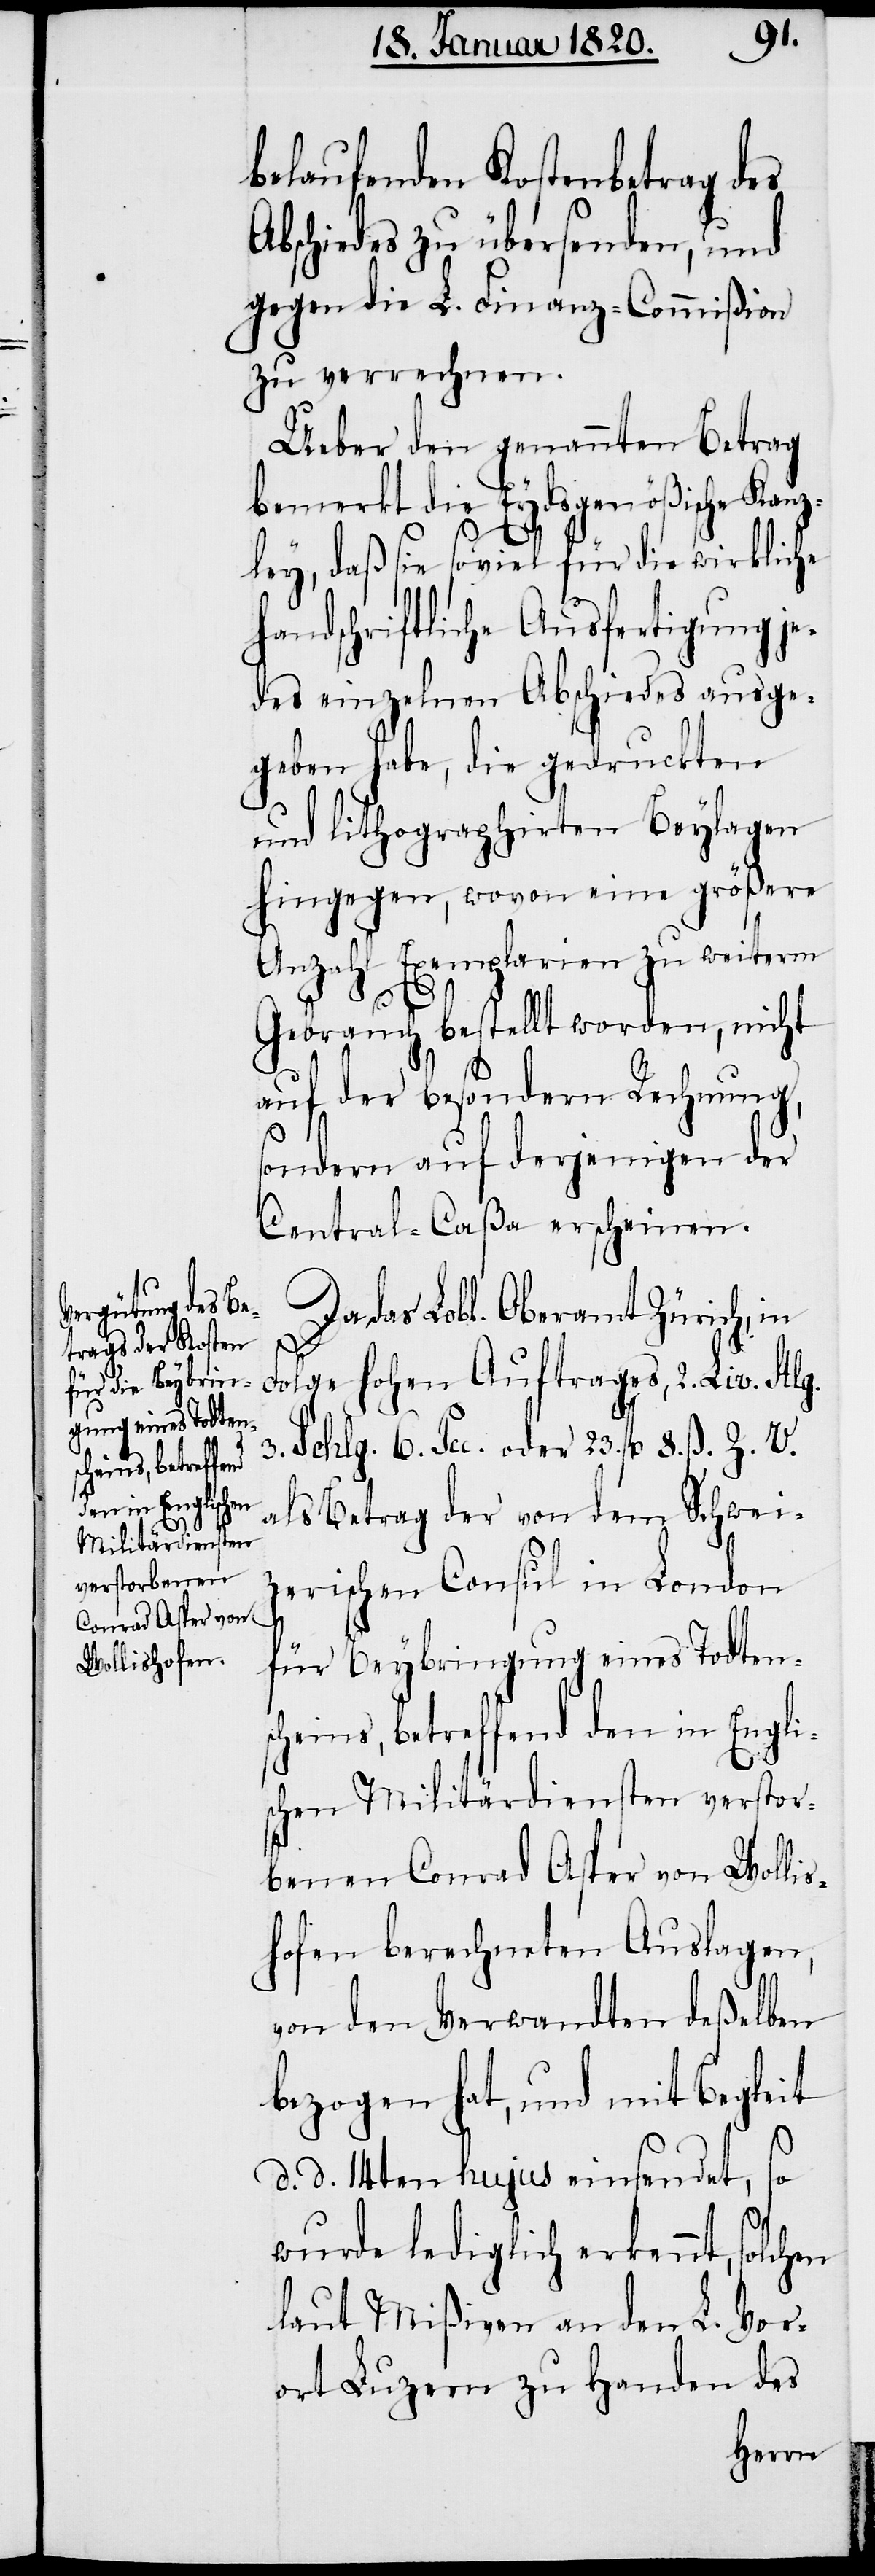
belaufenden Kostenbetrag des
bschiedes zu übersenden, und
gegen die L. Finanz-Commißion
zu verrechnen.
Ueber den genannten Betrag
bemerkt die Eydsgenößische Kanz¬
ley, daß sie soviel für die wirkliche
handschriftliche Ausfertigung je¬
des einzelnen Abschiedes ausge¬
geben habe, die gedruckten
und lithographirten Beylagen
hingegen, wovon eine größere
Anzahl Exemplarien zu weiterm
Gebrauch bestellt worden, nicht
s¬
auf der besondern Rechnung,
sondern auf derjenigen der
Central-Caßa erscheinen.
Da das Lobl. Oberamt Zürich, in
Folge hohen Auftrages, 2. Liv. Stlg.
3. Schlg. 6. Pcc. oder 23. fl 8. ß. Z. V.
als Betrag der von dem Schwei¬
zerischen Consul in London
für Beybringung eines Todtens¬
cheins, betreffend den in Engli¬
schen Militärdiensten verstor¬
benen Conrad Asper von Wolli¬
hofen berechneten Auslagen,
von den Verwandten deßelben
bezogen hat, und mit Begleit
d. d. 14ten hujus einsendet, so
wurde lediglich erkennt, solchen
laut Mißiven an den L. Vor¬
ort Luzern zu Handen des